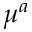
\mu ^ { a }